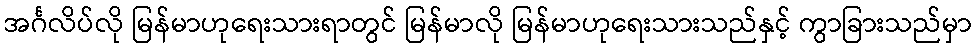
အင်္ဂလိပ်လို မြန်မာဟုရေးသားရာတွင် မြန်မာလို မြန်မာဟုရေးသားသည်နှင့် ကွာခြားသည်မှာ